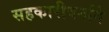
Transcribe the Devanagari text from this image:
सहकारीवर्गाने